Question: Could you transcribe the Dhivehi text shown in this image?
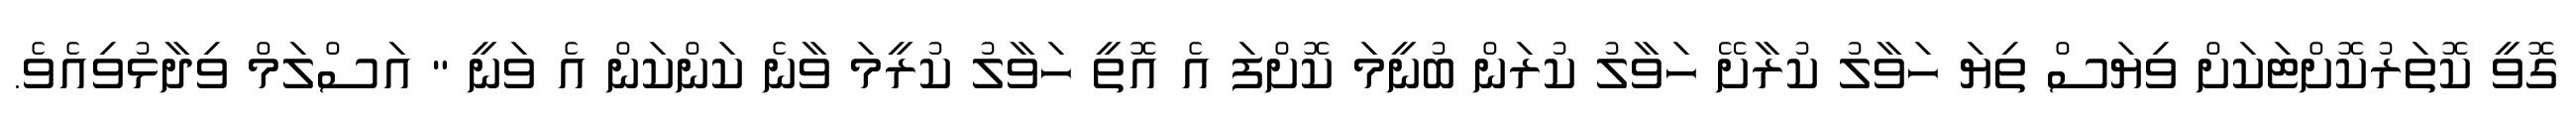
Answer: ގޮވީ ކޮތަރުކޮށްޓަކަށް ވިޔަސް ތިޔަ ހަވާލު ކުރާށޭ ހަވާލު ކުރަން ބުނީމަ ކޮށްފަ އެ އޮތީ ހަވާލު ކުރީމަ ވާނެ ކަންކަން އެ ވަނީ " އަސްލަމް ވިދާޅުވިއެވެ.